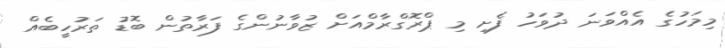
މިމަހުގެ އެއްވަނަ ދުވަހު ފެށި މި ޕްރޮގްރާމްއަށް ޒުވާނުންގެ ފަރާތުން ބޮޑު ތަރުހީބެއް